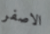
الاصفر